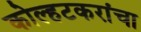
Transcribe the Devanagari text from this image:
कोल्हटकरांचा